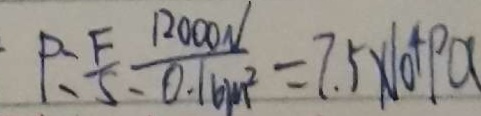
F = \frac { F } { S } = \frac { 1 2 0 0 0 N } { 0 . 1 6 m ^ { 2 } } = 7 . 5 \times 1 0 ^ { 4 } p a